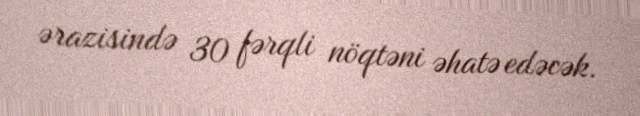
ərazisində 30 fərqli nöqtəni əhatə edəcək.